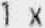
1 X